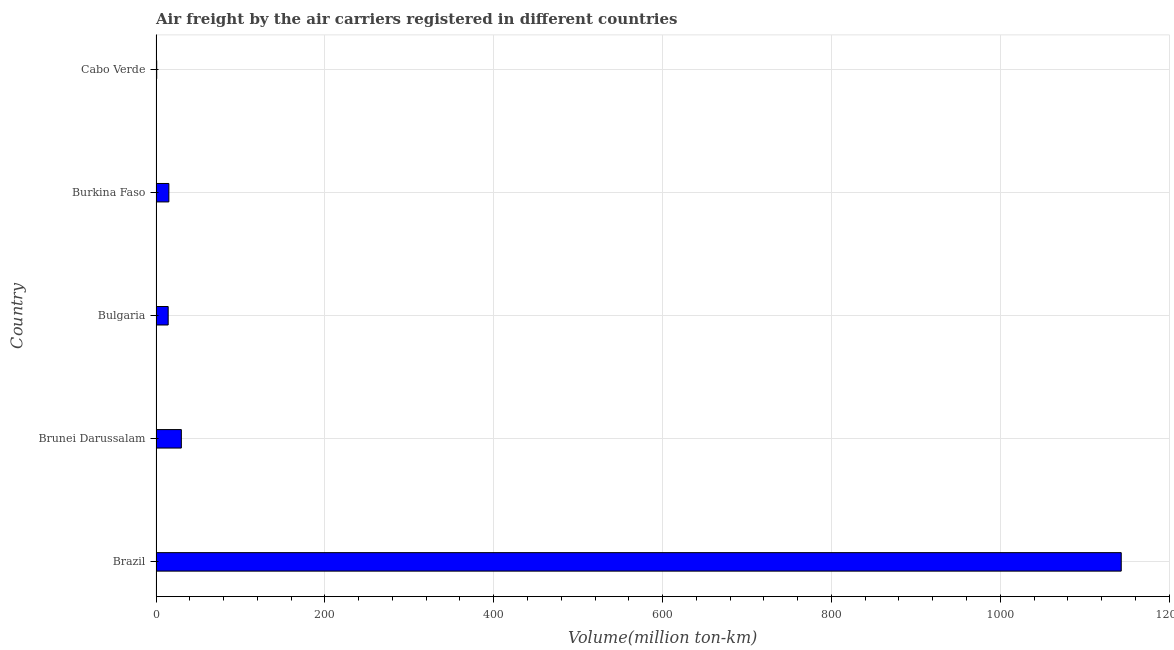
| Country | Air transport |
 | --- | --- |
 | Brazil | 1.14e+03 |
 | Brunei Darussalam | 30 |
 | Bulgaria | 14.4 |
 | Burkina Faso | 15.2 |
 | Cabo Verde | 0.8 |